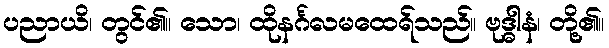
ပညာယိ၊ တွင်၏။ သော၊ ထိုနင်္ဂလမထေရ်သည်။ ဗုဒ္ဓါနံ၊ တို့၏။